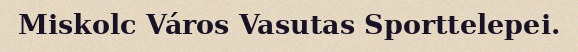
Miskolc Város Vasutas Sporttelepei.